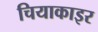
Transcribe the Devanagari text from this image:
चियाकाइर